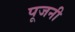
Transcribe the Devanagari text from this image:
पूजनी